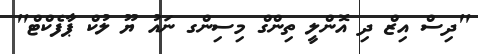
"ދިސް އިޒް ދި އޮންލީ ތިންގް މިސިންގ ނައު ޔޫ ލުކް ޕާފެކްޓް"